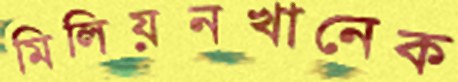
মিলিয়নখানেক